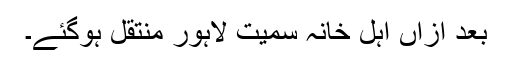
بعد ازاں اہل خانہ سمیت لاہور منتقل ہوگئے۔